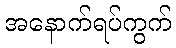
အနောက်ရပ်ကွက်